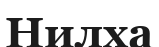
Нилха